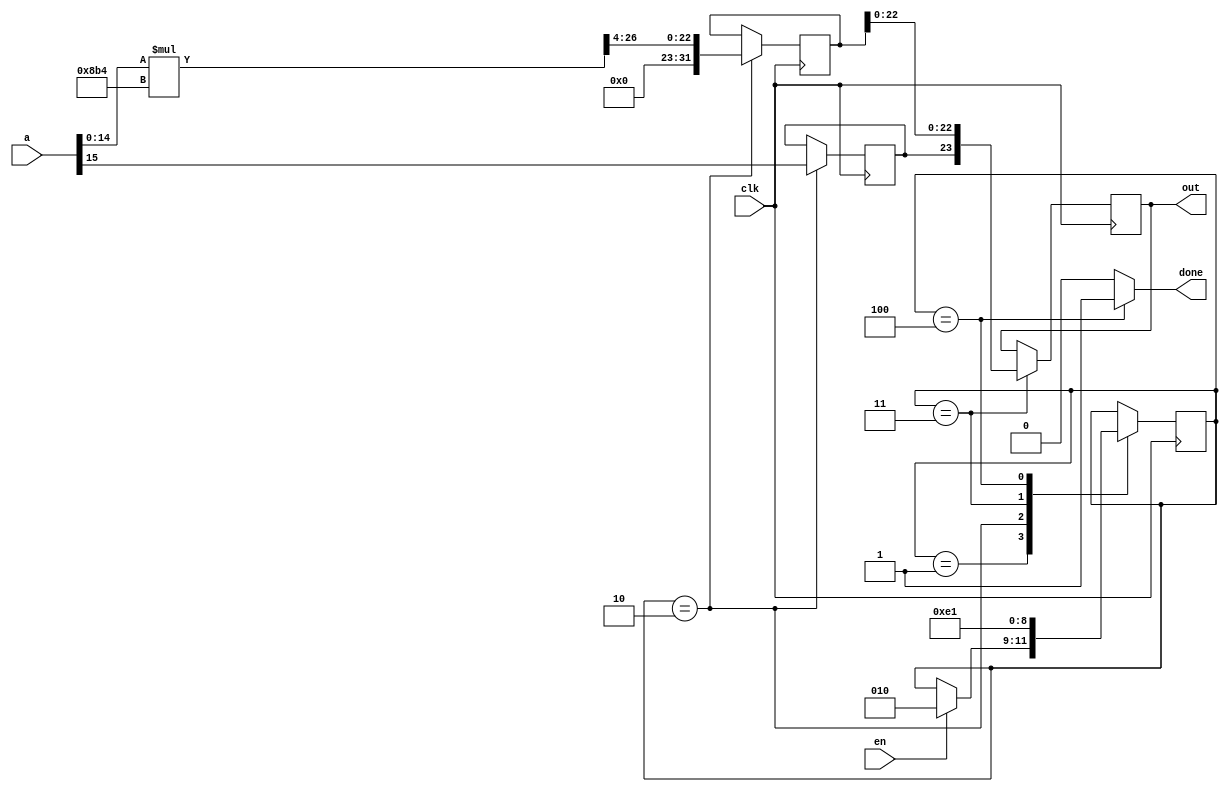
`timescale 1ns / 1ps
//////////////////////////////////////////////////////////////////////////////////
// Company: 
// Engineer: 
// 
// Design Name: 
// Module Name: multiply
// Project Name: 
// Target Devices: 
// Tool Versions: 
// Description: 
// 
// Dependencies: 
// 
// Revision:
// Revision 0.01 - File Created
// Additional Comments:
// 
//////////////////////////////////////////////////////////////////////////////////


module multiply(input clk,input [15:0]a,input en,output reg[23:0]out,output done);


reg sign;
reg [31:0]x;
wire [15:0]b=16'h08b4;
localparam S_IDLE=1;
localparam S_MID=2;
localparam S_MID2=3;
localparam FINISH=4;
reg [2:0]state=S_IDLE;
assign done=(state==FINISH)?1:0;
always@(posedge clk)begin
case(state)
  S_IDLE:begin
    if(en==1)
     state<=S_MID;
  end
  S_MID:begin
//  if(a[23]==b[23])
//   sign=1'b0;
//  else
//   sign=1'b1;
   sign<=a[15];
   x=(a[14:0]*b[15:0])>>4;
  // out<={sign,x[22:0]};
   //state<=FINISH;
   state<=S_MID2;
  end
  
  S_MID2:begin
    out<={sign,x[22:0]};
    state<=FINISH;
  end
 
  FINISH:begin
    //   done<=1'b1;
       state<=S_IDLE;
    end
 
 
  
// x=x>>12;
//  out[22:0]=x[22:0];
//  out[23]=sign;

 endcase
// if(en==2)
//  state=3;
// else
//  state=4;
end


endmodule